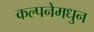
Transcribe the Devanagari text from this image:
कल्पनेमधुन